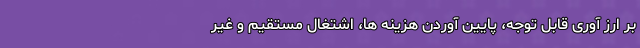
بر ارز آوری قابل توجه، پایین آوردن هزینه ها، اشتغال مستقیم و غیر